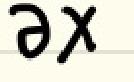
$\partial x$